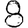
Digit: 8